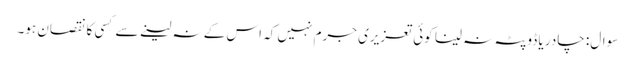
سوال: چادر یا ڈوپٹہ نہ لینا کوئی تعزیری جرم نہیں کہ اس کے نہ لینے سے کسی کا نقصان ہو۔